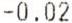
-0.02